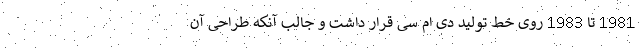
1981 تا 1983 روی خط تولید دی ام سی قرار داشت و جالب آنکه طراحی آن